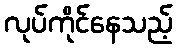
လုပ်ကိုင်နေသည့်